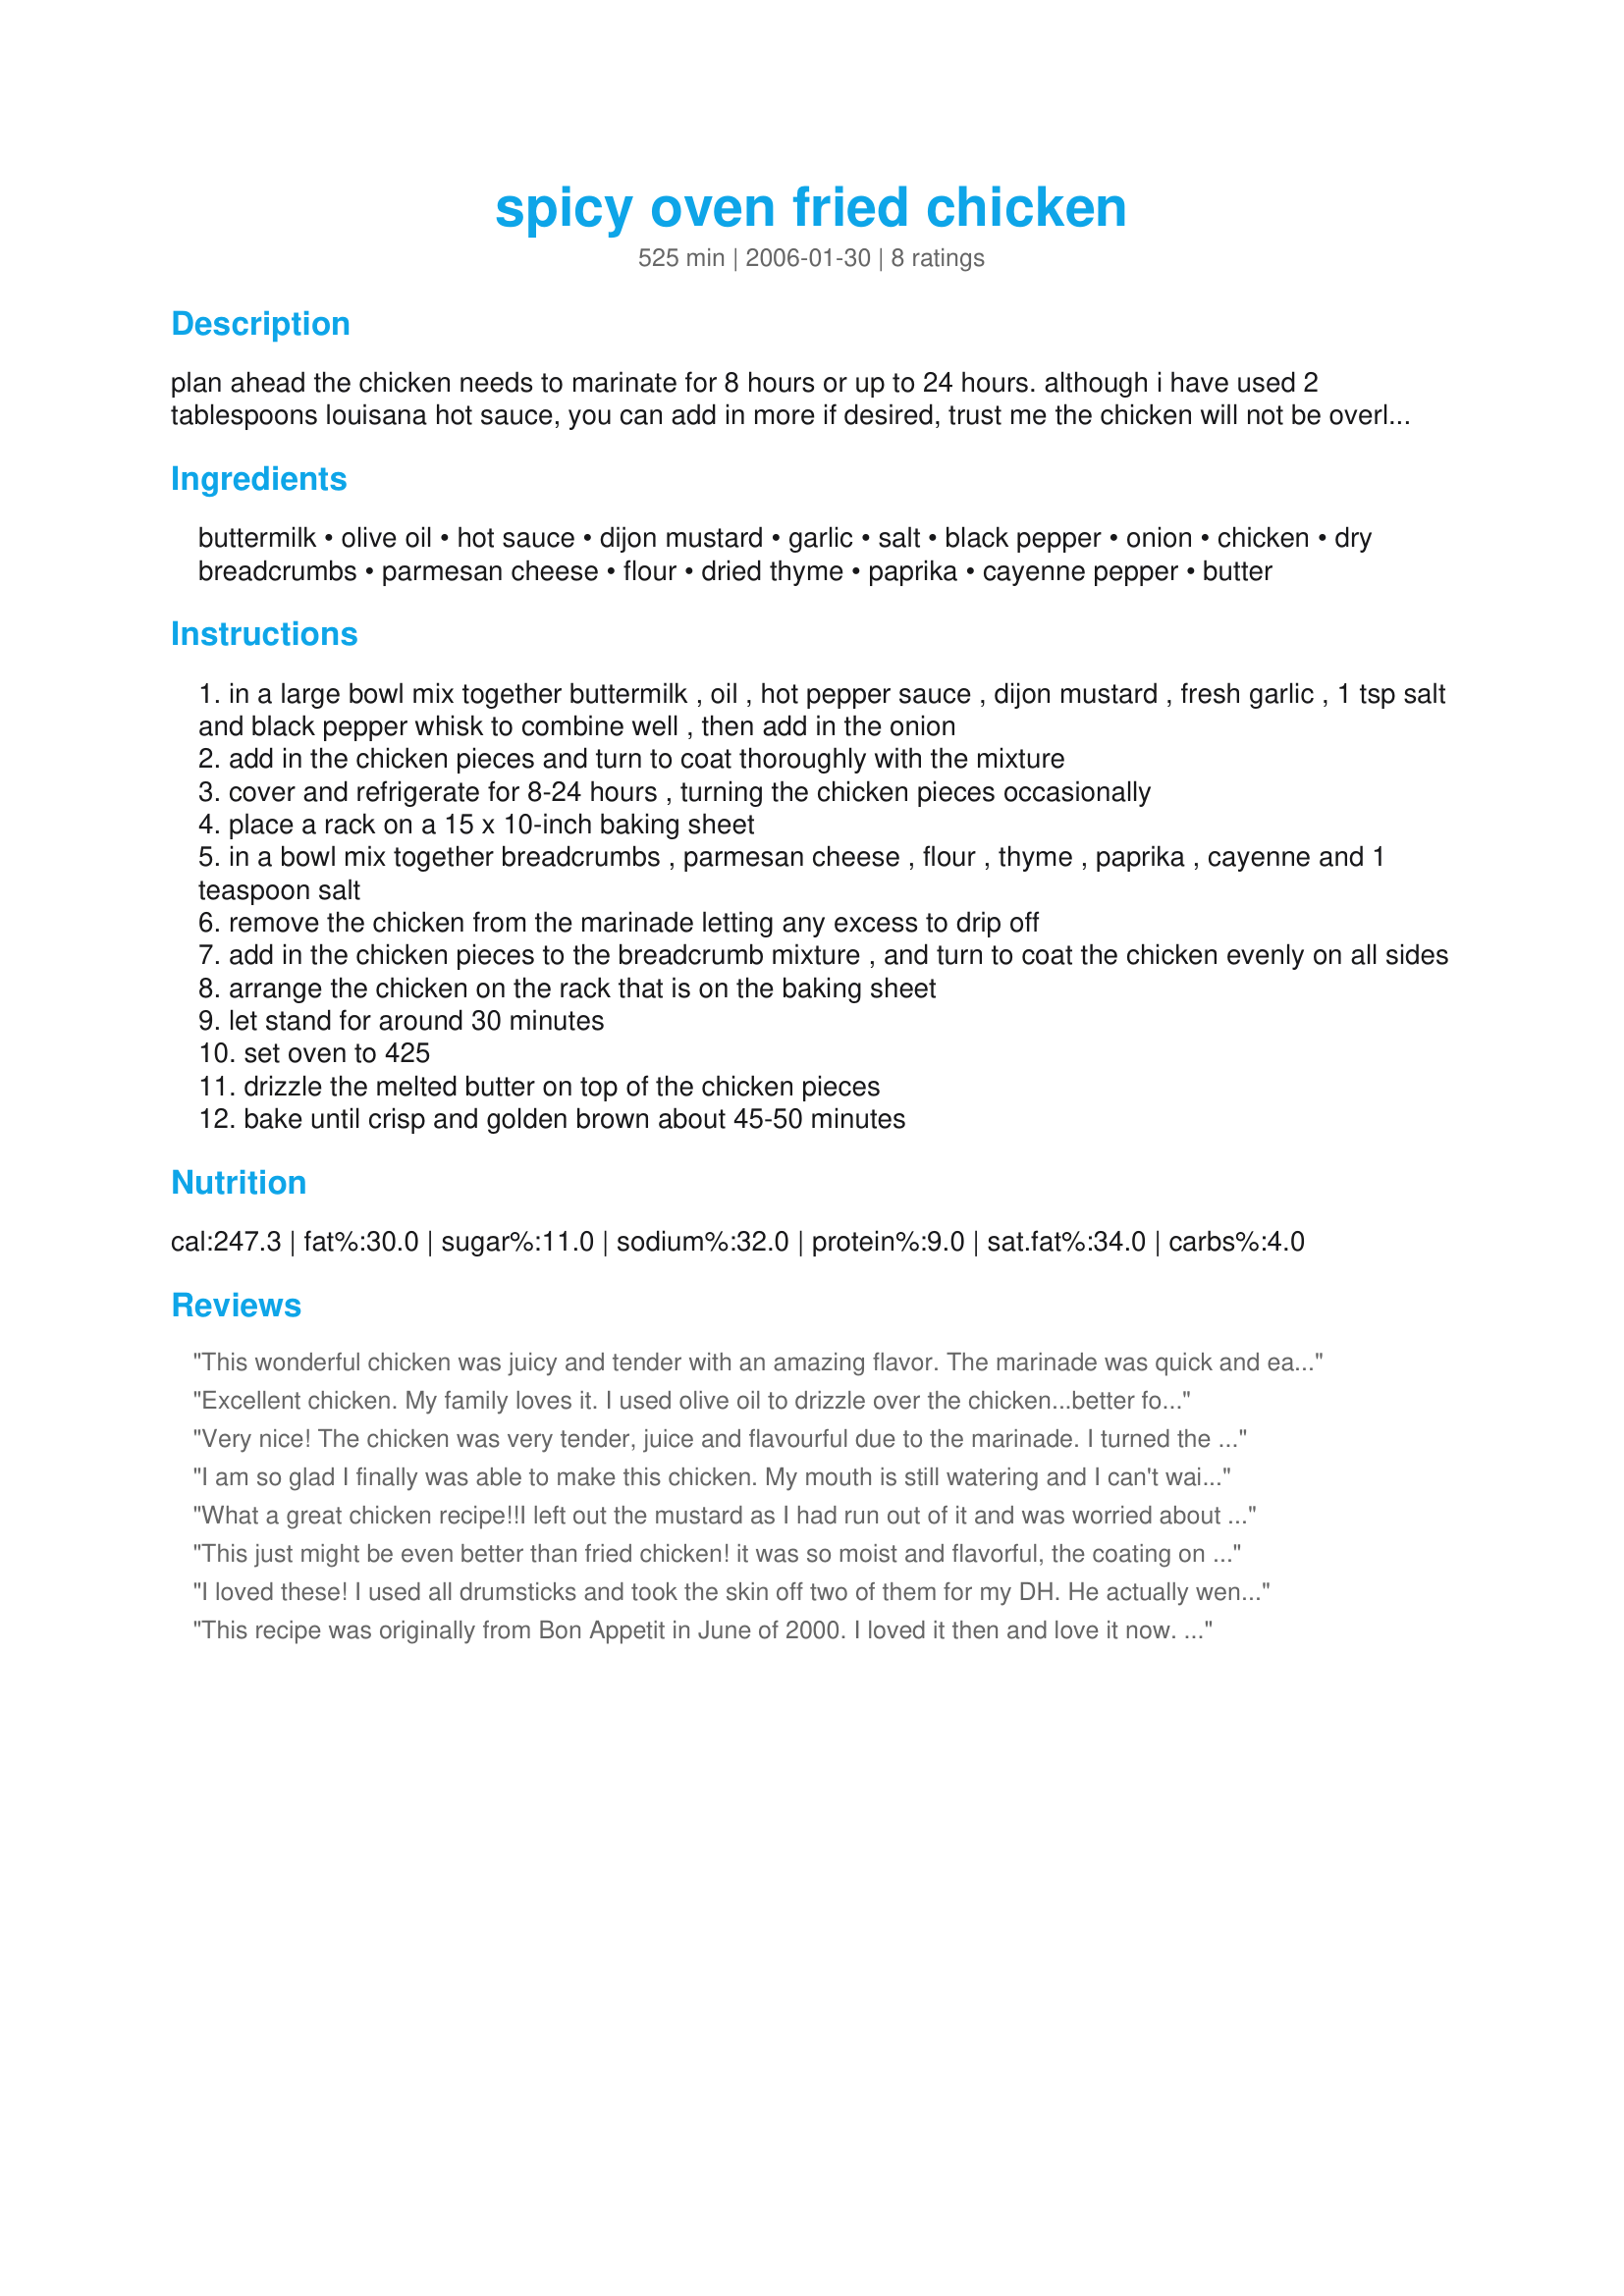
spicy oven fried chicken
Preparation time: 525 minutes

plan ahead the chicken needs to marinate for 8 hours or up to 24 hours. although i have used 2 tablespoons louisana hot sauce, you can add in more if desired, trust me the chicken will not be overly spicy!

Ingredients:
buttermilk, olive oil, hot sauce, dijon mustard, garlic, salt, black pepper, onion, chicken, dry breadcrumbs, parmesan cheese, flour, dried thyme, paprika, cayenne pepper, butter

Steps:
in a large bowl mix together buttermilk , oil , hot pepper sauce , dijon mustard , fresh garlic , 1 tsp salt and black pepper whisk to combine well , then add in the onion
add in the chicken pieces and turn to coat thoroughly with the mixture
cover and refrigerate for 8-24 hours , turning the chicken pieces occasionally
place a rack on a 15 x 10-inch baking sheet
in a bowl mix together breadcrumbs , parmesan cheese , flour , thyme , paprika , cayenne and 1 teaspoon salt
remove the chicken from the marinade letting any excess to drip off
add in the chicken pieces to the breadcrumb mixture , and turn to coat the chicken evenly on all sides
arrange the chicken on the rack that is on the baking sheet
let stand for around 30 minutes
set oven to 425
drizzle the melted butter on top of the chicken pieces
bake until crisp and golden brown about 45-50 minutes

Reviews:
This wonderful chicken was juicy and tender with an amazing flavor. The marinade was quick and easy to make and added so much to the chicken. The legs and thighs which marinaded for 24 hours were very tasty with a crispy and golden skin. Tonight we enjoyed the chicken warm, I can't wait to have it cold for lunch tomorrow. Thank you for sharing this excellant recipe Kitten.
Excellent chicken. My family loves it. I used olive oil to drizzle over the chicken...better for you. Love it Kittencal. Thank you again.
Very nice! The chicken was very tender, juice and flavourful due to the marinade. I turned the chicken pieces the other way round after about 25 minutes to crisp up the under side. Much liked by all the family and very easy!
I am so glad I finally was able to make this chicken. My mouth is still watering and I can't wait to make it again! Fantastic recipe Kitten!!
What a great chicken recipe!!I left out the mustard as I had run out of it and was worried about the results ..The chicken still came out with great flavour and a great crust.This is the best!!
This just might be even better than fried chicken! it was so moist and flavorful, the coating on it was outstanding, I know that I will make this many times again, a recipe for all to try, OUTSTANDING! thanks Kitty.
I loved these! I used all drumsticks and took the skin off two of them for my DH. He actually went for a third and peeled the skin off and said it was still way better than those without skin (no surprise here). I myself had the skin on, and really enjoyed the flavor. I used about 3 tablespoons of Frank's hot sauce and marinated for about 24 hours it was the perfect amount of spice/seasonings. UPDATE: My DH had the leftovers for lunch and liked them even better the next day!
This recipe was originally from Bon Appetit in June of 2000. I loved it then and love it now. Kittencal made a couple of adjustments. I would follow the original a little more closely such as using 3 tbsp of hot sauce, a large onion, and only using 3 tbsp butter for the coating. Thanks for posting!
